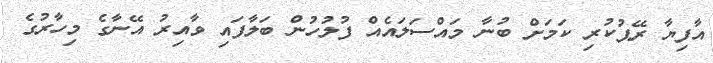
އާފިޔާ ރޭޕުކުރި ކަމަށް ބުނާ މައްސަލައެއް ފުލުހުން ބަލާފައި ވާއިރު އޭނާގެ މިހާރުގެ